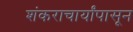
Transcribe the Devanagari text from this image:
शंकराचार्यांपासून